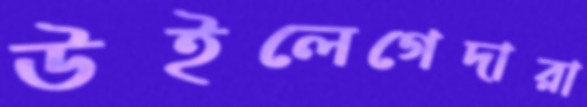
উইলেগেদারা